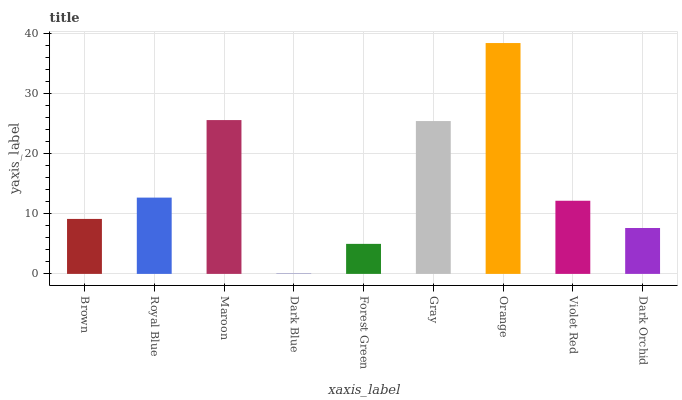
| xaxis_label | bars |
 | --- | --- |
 | Brown | 9.13 |
 | Royal Blue | 12.7 |
 | Maroon | 25.6 |
 | Dark Blue | 0.034 |
 | Forest Green | 4.99 |
 | Gray | 25.4 |
 | Orange | 38.3 |
 | Violet Red | 12.2 |
 | Dark Orchid | 7.62 |